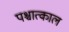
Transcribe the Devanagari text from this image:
पश्चात्काल